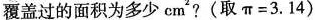
覆盖过的面积为多少cm^{2}?(取$$π = 3 . 1 4 )$$